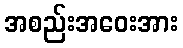
အစည်းအဝေးအား